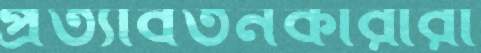
প্রত্যাবর্তনকারীরা